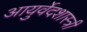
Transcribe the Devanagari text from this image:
आयुर्वेदशास्‍त्री